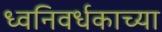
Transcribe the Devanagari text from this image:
ध्वनिवर्धकाच्या